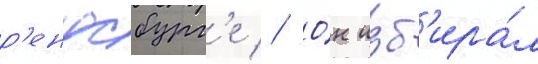
р'ендсбург'е // О́н изб'ира́л